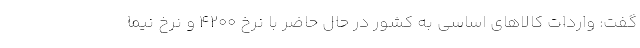
گفت: واردات کالاهای اساسی به کشور در حال حاضر با نرخ ۴۲۰۰ و نرخ نیما